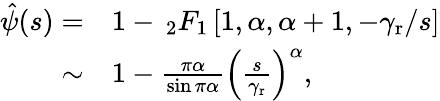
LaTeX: \begin{array}{rl}{\hat{\psi}(s)=}&{{}1-\, _{2}F_{1}\left[1,\alpha,\alpha+1,-\gamma_{\mathrm{r}}/s\right]}\\ {\sim}&{{}1-\frac{\pi\alpha}{\sin\pi\alpha}\left(\frac{s}{\gamma_{\mathrm{r}}}\right)^{\alpha},}\end{array}